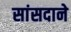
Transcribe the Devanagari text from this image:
सांसदाने